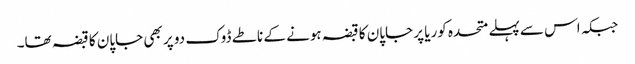
جبکہ اس سےپہلے متحدہ کوریا پر جاپان کا قبضہ ہونے کے ناطے ڈوک دو پر بھی جاپان کا قبضہ تھا۔